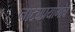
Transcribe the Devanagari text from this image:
नाट्यप्रयोगांचे